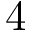
4